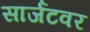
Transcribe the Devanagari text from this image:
सार्जंटवर